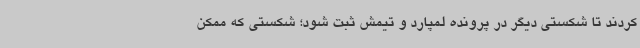
کردند تا شکستی دیگر در پرونده لمپارد و تیمش ثبت شود؛ شکستی که ممکن